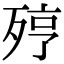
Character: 𣨉